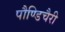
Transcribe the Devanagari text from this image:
पौण्डिचैरी